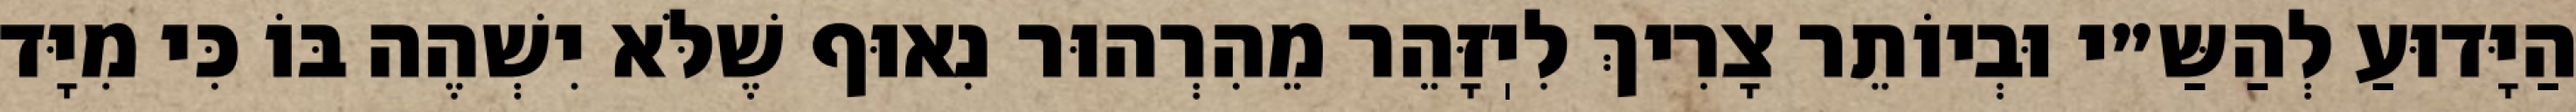
הַיָּדוּעַ לְהַשַּ״י וּבְיוֹתֵר צָרִיךְ לִיֽזָּהֵר מֵהִרְהוּר נִאוּף שֶׁלֹּא יִשְׁהֶה בּוֹ כִּי מִיָּד